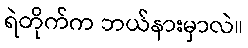
ရဲတိုက်က ဘယ်နားမှာလဲ။